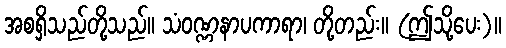
အစရှိသည်တို့သည်။ သံဝဏ္ဏနာပကာရာ၊ တို့တည်း။ (ဤသို့ပေး)။